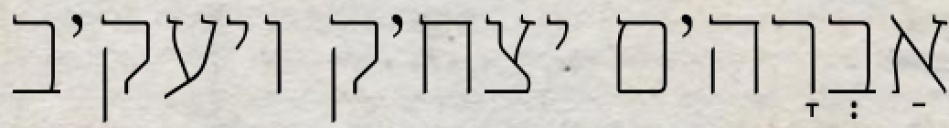
אַבְרָה׳ם יצח׳ק ויעק׳ב